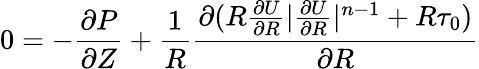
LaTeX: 0=-\frac{\partial P}{\partial Z}+\frac{1}{R}\frac{\partial(R\frac{\partial U}{\partial R}|\frac{\partial U}{\partial R}|^{n-1}+R\tau_{0})}{\partial R}